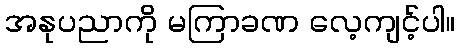
အနုပညာကို မကြာခဏ လေ့ကျင့်ပါ။